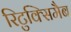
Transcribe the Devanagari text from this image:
रिटुक्सिमैब